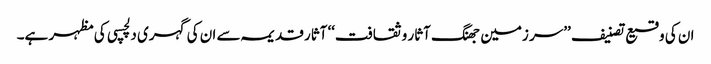
ان کی وقیع تصنیف ’’سر زمین جھنگ آثار و ثقافت‘‘ آثار قدیمہ سے ان کی گہری دلچسپی کی مظہر ہے۔